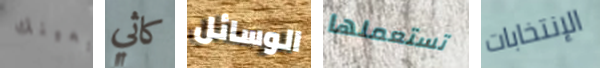
بعينك كاثي الوسائل تستعملها الإنتخابات